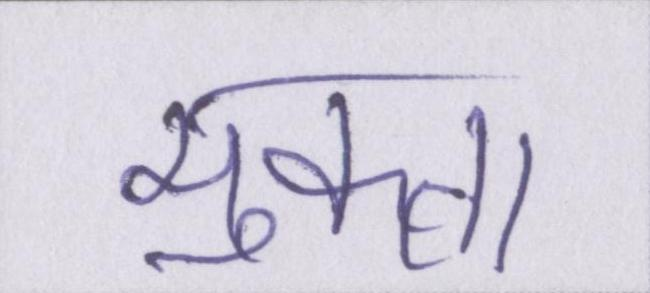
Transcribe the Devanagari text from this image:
मुक्ता